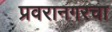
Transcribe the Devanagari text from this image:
प्रवरानगरचा